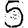
Digit: 5